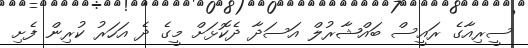
ސީރިއާގެ ރައީސް ބައްޝާރުލް އަސަދާ ދެކޮޅަށް މީގެ ދެ އަހަރު ކުރިން ފެށި